Burma Government Medical School reports 1923-41
Year: 1923
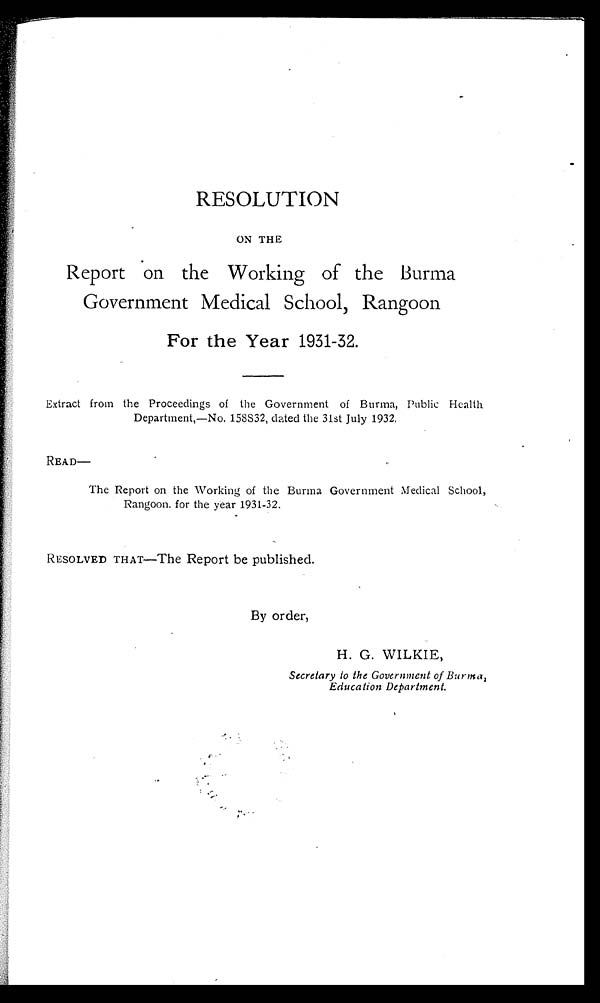
RESOLUTION
ON THE
Report on the Working of the Burma
Government Medical School, Rangoon
For the Year 1931-32.
Extract from the Proceedings of the Government of Burma, Public Health
Department,—No. 158S32, dated the 31st July 1932.
READ—
The Report on the Working of the Burma Government Medical School,
Rangoon. for the year 1931-32.
RESOLVED THAT—The Report be published.
By order,
H. G. WILKIE,
Secretary to the Government of Burma,
Education Department.